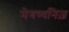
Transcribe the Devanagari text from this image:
मेगष्थनिज़